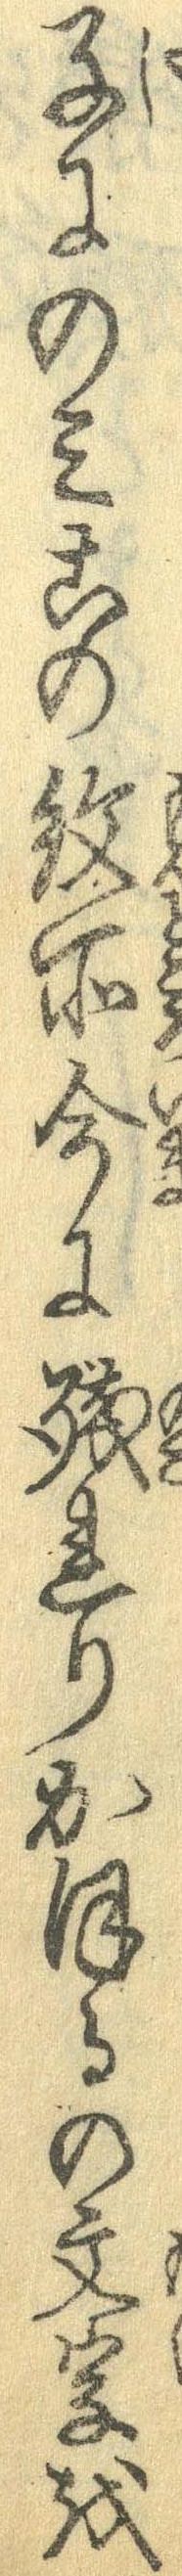
子にのみこの紋所今に残れりかほるの文字を